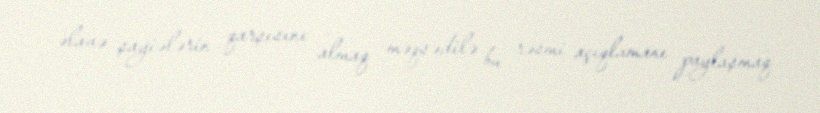
əlavə şayiələrin qarşısını almaq məqsədilə bu rəsmi açıqlamanı paylaşmaq